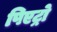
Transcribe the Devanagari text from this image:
पिएट्रो